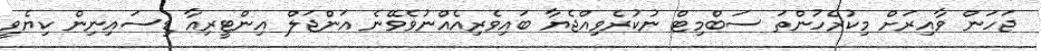
ޖަހަން ވާއިރަށް މިކުރެހުންތަ ސަބްމިޓް ނުކުރެވިއްޖެޔާ ބައިވެރިއެއްނުވެވޭނެ އަންޖަލް އިންޓީރިއާ ޑިސައިނިން ކިޔެވީ